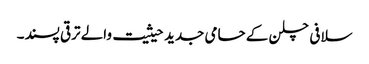
سلافی چلن کے حامی جدید حیثیت والے ترقی پسند۔